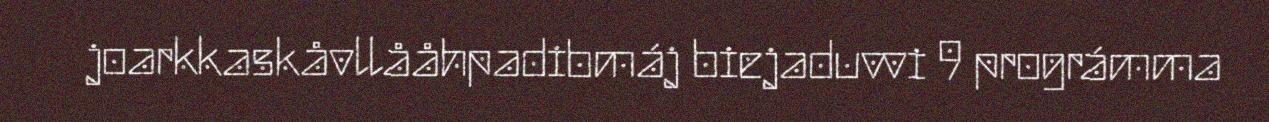
joarkkaskåvllååhpadibmáj biejaduvvi 9 prográmma